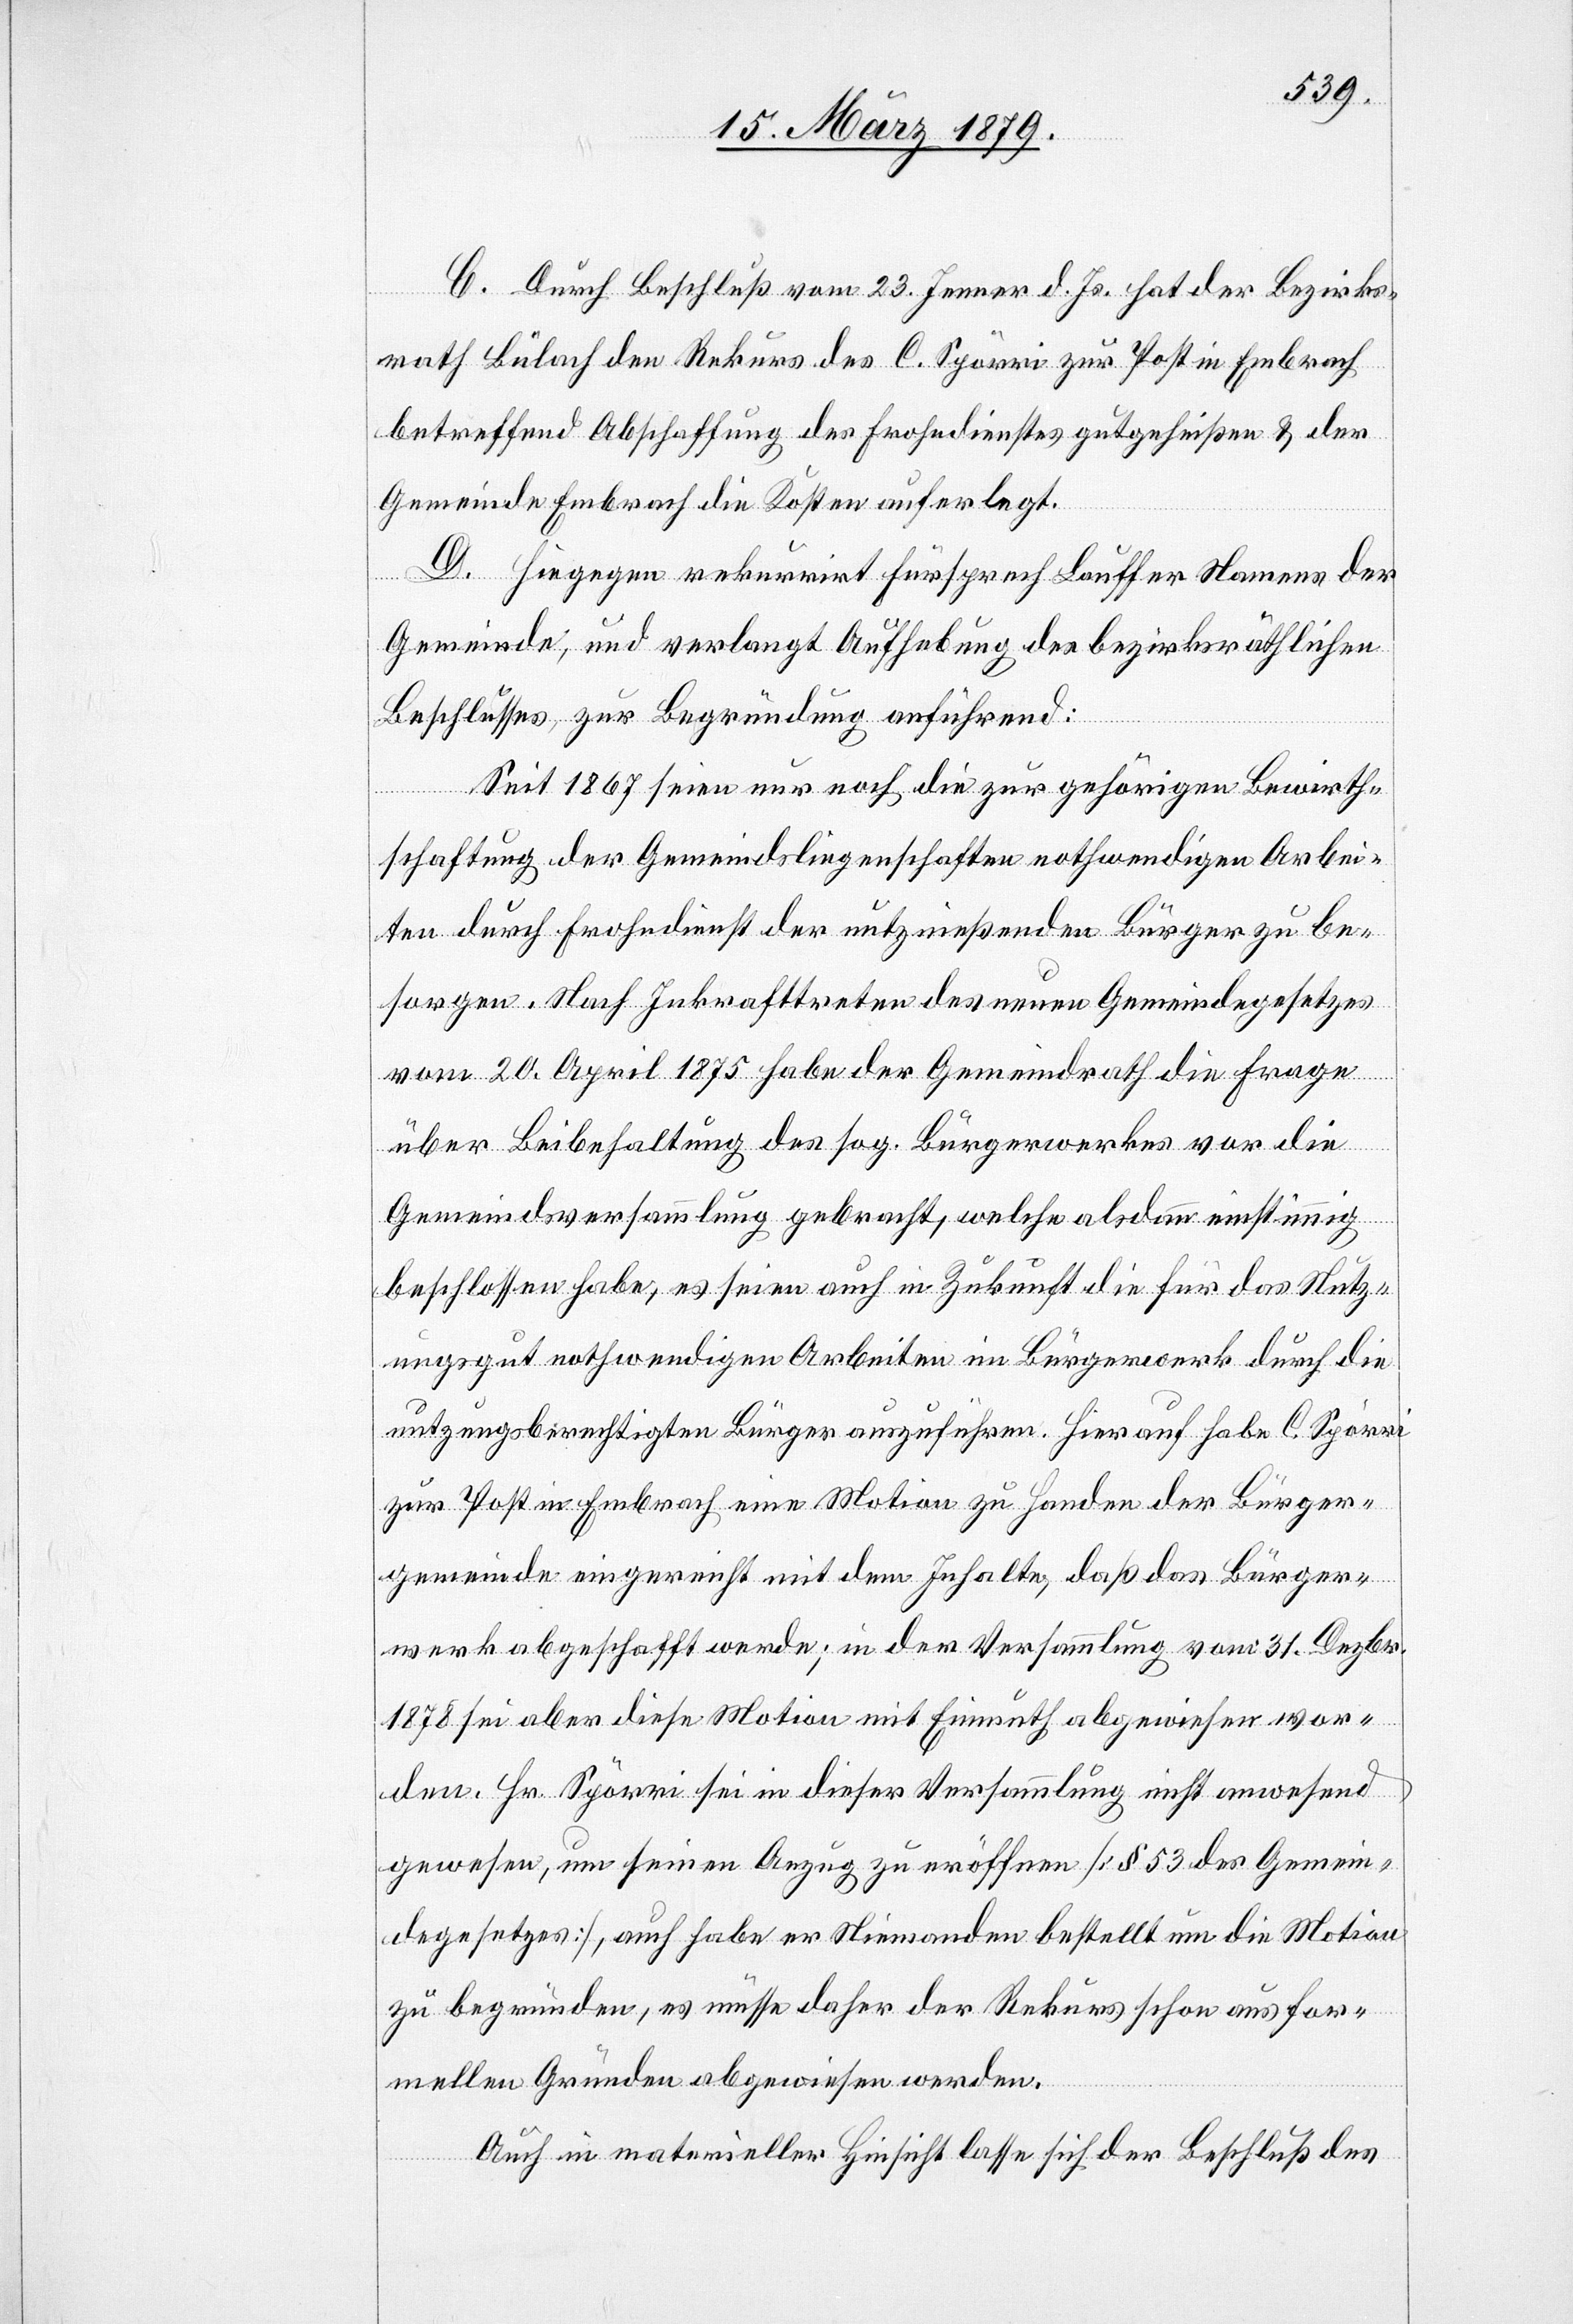
C. Durch Beschluß vom 23. Jenner d. Js. hat der Bezirks¬
rath Bülach den Rekurs des C. Spörri zur Post in Embrach
betreffend Abschaffung des Frohndienstes gutgeheißen & der
Gemeinde Embrach die Kosten auferlegt.
D. Hiegegen rekurrirt Fürsprech Lauffer Namens der
Gemeinde, und verlangt Aufhebung des bezirksräthlichen
Beschlusses, zur Begründung anführend:
Seit 1867 seien nur noch die zur gehörigen Bewirth¬
schaftung der Gemeindsliegenschaften nothwendigen Arbei¬
ten durch Frohndienst der nutznießenden Bürger zu be¬
sorgen. Nach Inkrafttreten des neuen Gemeindegesetzes
vom 20. April 1875 habe der Gemeindrath die Frage
über Beibehaltung des sog. Bürgerwerkes vor die
Gemeindsversammlung gebracht, welche alsdann einstimmig
beschlossen habe, es seien auch in Zukunft die für das Nutz¬
ungsgut nothwendigen Arbeiten im Bürgerwerk durch die
nutzungsberechtigen Bürger auszuführen. Hierauf habe C. Spörri
zur Post in Embrach eine Motion zu Handen der Bürger¬
gemeinde eingereicht mit dem Inhalte, daß das Bürger¬
werk abgeschafft werde; in der Versammlung vom 31. Dezbr.
1878 sei aber diese Motion mit Einmuth abgewiesen wor¬
den. Hr. Spörri sei in dieser Versammlung nicht anwesend
gewesen, um seinen Anzug zu eröffnen [§ 53 des Gemein¬
degesetzes], auch habe er Niemanden bestellt um die Motion
zu begründen, es müsse daher der Rekurs schon aus for¬
mellen Gründen abgewiesen werden.
Auch in materieller Hinsicht lasse sich der Beschluß des